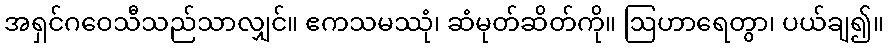
အရှင်ဂဝေသီသည်သာလျှင်။ ဧကသမဿုံ၊ ဆံမုတ်ဆိတ်ကို။ ဩဟာရေတွာ၊ ပယ်ချ၍။